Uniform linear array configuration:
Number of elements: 8
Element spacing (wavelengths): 0.5
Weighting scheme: blackman
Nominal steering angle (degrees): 30
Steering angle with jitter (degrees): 29.934
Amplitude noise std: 0.05
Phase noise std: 0.05

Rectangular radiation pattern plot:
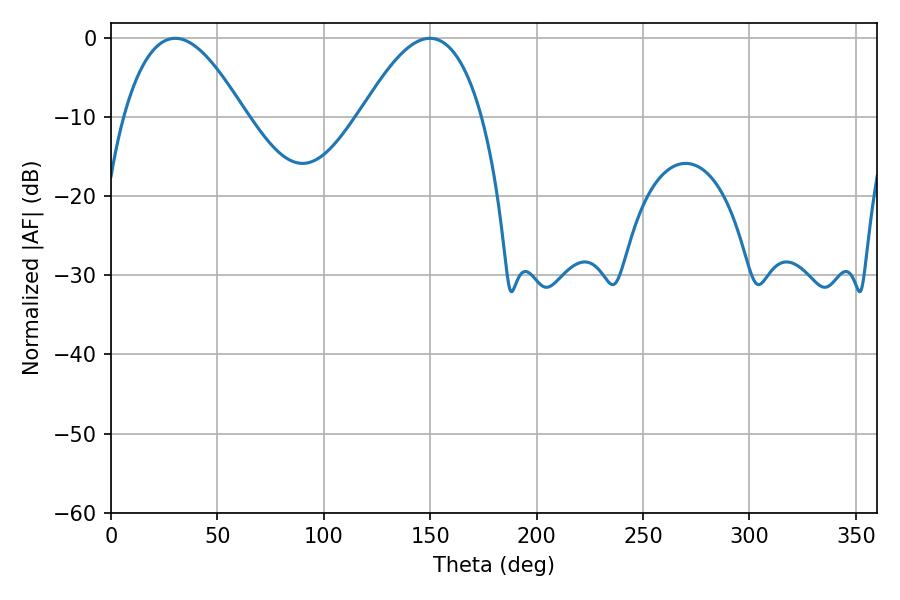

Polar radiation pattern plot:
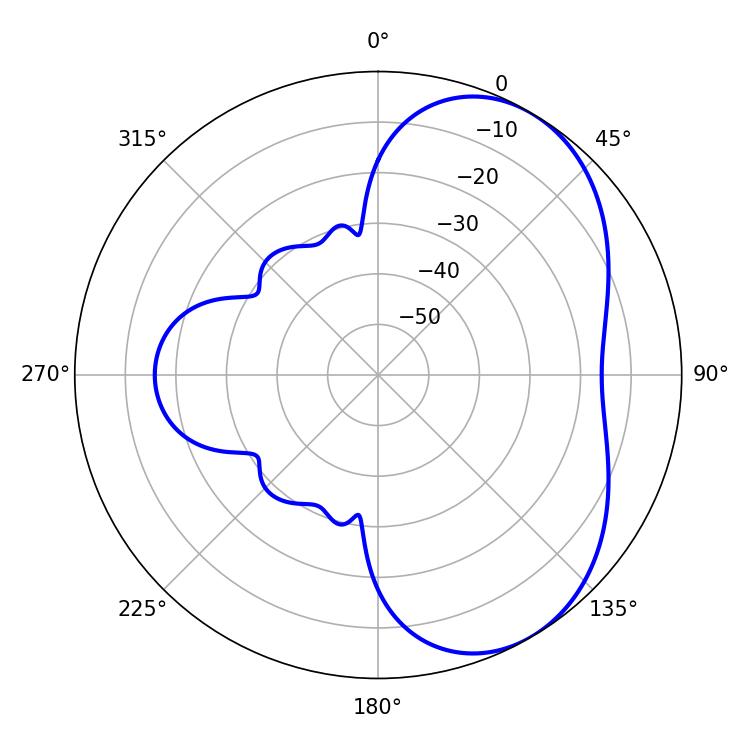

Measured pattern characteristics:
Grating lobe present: FALSE
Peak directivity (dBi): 5.016
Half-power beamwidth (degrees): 31.14
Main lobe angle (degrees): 30.24